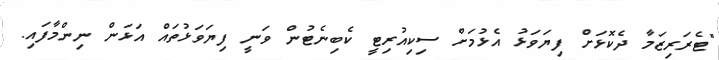
"ޓެރަރިޒަމާ ދެކޮޅަށް ފިޔަވަޅު އެޅުމަށް ސިކިއުރިޓީ ކެބިނެޓުން ވަނީ ފިޔަަވަޅުތައް އަޅަން ނިންމާފައި.